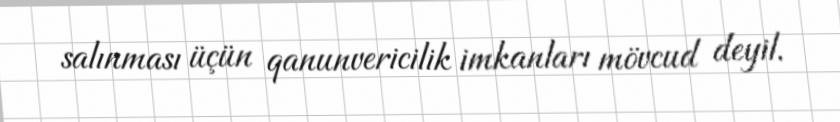
salınması üçün qanunvericilik imkanları mövcud deyil.